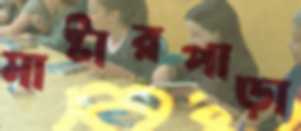
মাষ্টারপাড়া